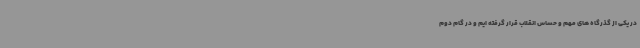
در یکی از گذرگاه های مهم و حساس انقلاب قرار گرفته ایم و در گام دوم